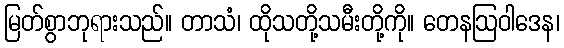
မြတ်စွာဘုရားသည်။ တာသံ၊ ထိုသတို့သမီးတို့ကို။ တေနဩဝါဒေန၊